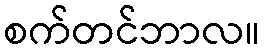
စက်တင်ဘာလ။